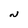
Character: N